Scottish Leaving Certificate Examination, 1959
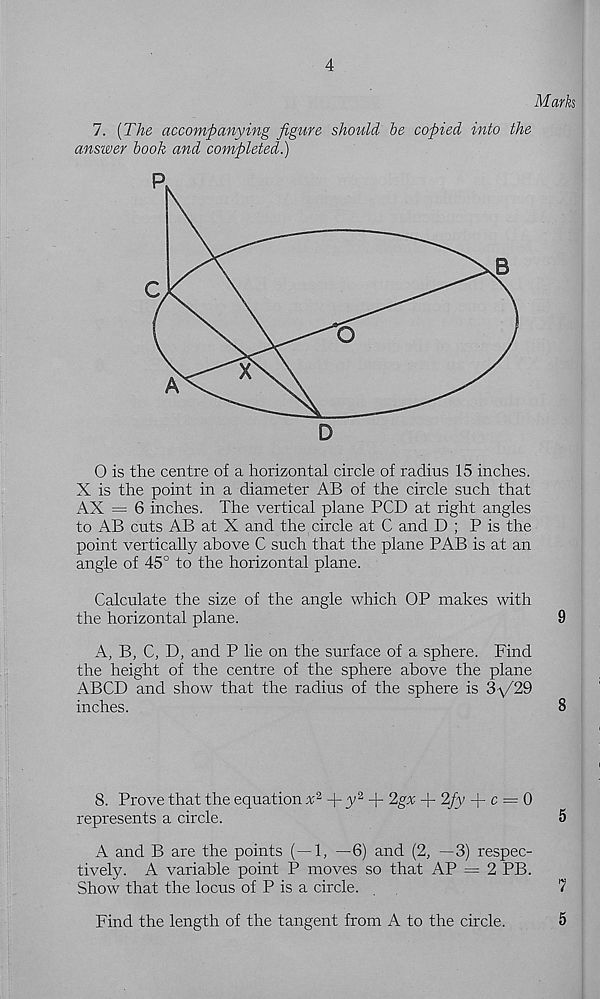
4
Mark
7. (The accompanying figure should be copied into the
answer book and completed.)
O is the centre of a horizontal circle of radius 15 inches.
X is the point in a diameter AB of the circle such that
AX = 6 inches. The vertical plane PCD at right angles
to AB cuts AB at X and the circle at C and D ; P is the
point vertically above C such that the plane PAB is at an
angle of 45° to the horizontal plane.
Calculate the size of the angle which OP makes with
the horizontal plane.
9
A, B, C, D, and P lie on the surface of a sphere. Find
the height of the centre of the sphere above the plane
ABCD and show that the radius of the sphere is 3'\/29
inches.
8
8. Prove that the equation
+ y 2 + 2gx + 2fy -|- c = 0
represents a circle.
5
A and B are the points (—1, —6) and (2, —3) respec-
tively. A variable point P moves so that AP = 2 PB.
Show that the locus of P is a circle. .
7
Find the length of the tangent from A to the circle.
5